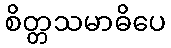
စိတ္တသမာဓိပေ